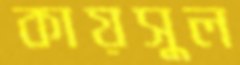
কায়সুল